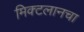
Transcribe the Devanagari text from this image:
मिक्टलानचा